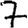
Digit: 7